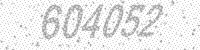
Solution: 604052